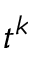
t ^ { k }